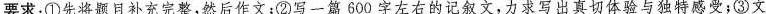
要求：①先将题目补充完整，然后作文；②写一篇600字左右的记叙文，力求写出真切体验与独特感受；③文